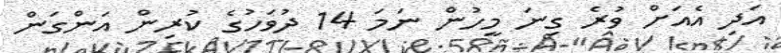
އަދި އެއަށް ވުރެ ގިނަ މީހުން ނަމަ 14 ދުވަހުގެ ކުރިން އަންގަން